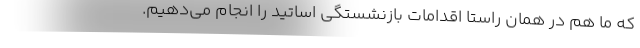
که ما هم در همان راستا اقدامات بازنشستگی اساتید را انجام می‌دهیم.